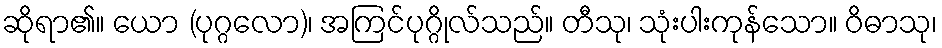
ဆိုရာ၏။ ယော (ပုဂ္ဂလော)၊ အကြင်ပုဂ္ဂိုလ်သည်။ တီသု၊ သုံးပါးကုန်သော။ ဝိဓာသု၊